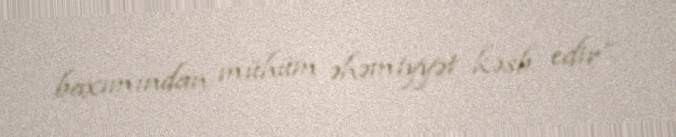
baxımından mühüm əhəmiyyət kəsb edir”.